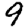
Digit: 9